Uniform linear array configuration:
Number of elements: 8
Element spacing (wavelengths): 0.75
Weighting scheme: exponential
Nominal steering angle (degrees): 60
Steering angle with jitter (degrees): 60.505
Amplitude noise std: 0.05
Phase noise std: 0.05

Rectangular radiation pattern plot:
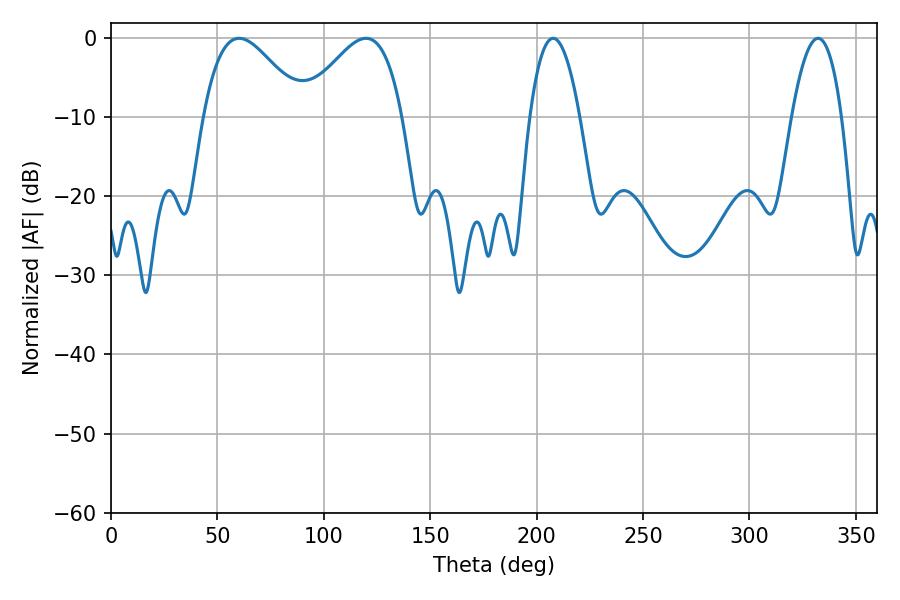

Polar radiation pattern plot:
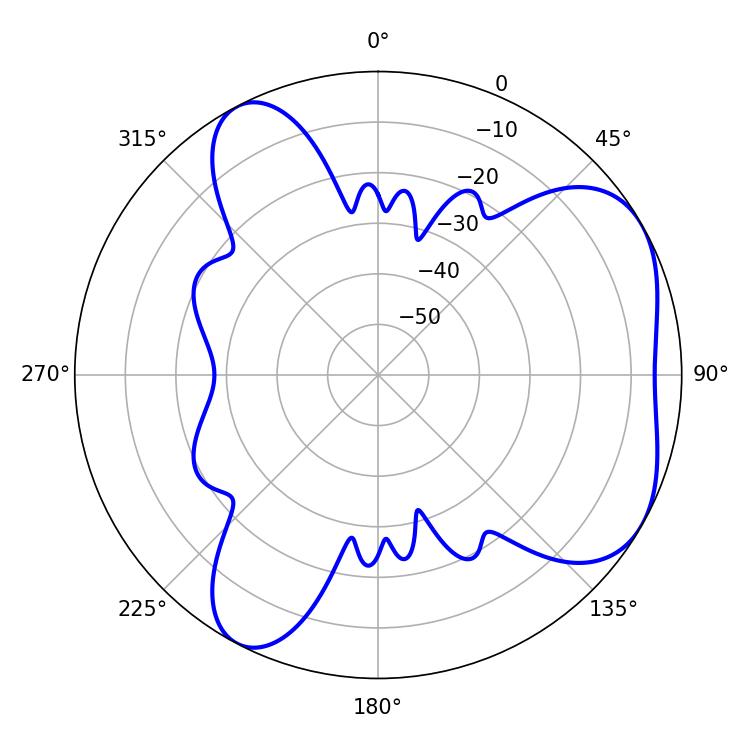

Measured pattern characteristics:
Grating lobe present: TRUE
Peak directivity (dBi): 5.073
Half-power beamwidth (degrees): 12.96
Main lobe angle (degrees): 207.72